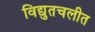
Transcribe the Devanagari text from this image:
विद्युतचलीत